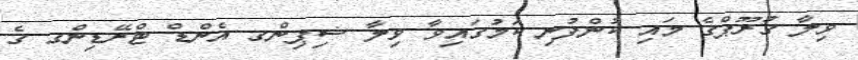
ވިލާ ގުރޫޕްގެ މައި ކުންފުނި ކަމުގައިވާ ވިލާ ޝިޕިންގ އެންޑް ޓްރޭޑިންގ ގެ